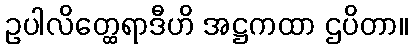
ဥပါလိတ္ထေရာဒီဟိ အဋ္ဌကထာ ဌပိတာ။